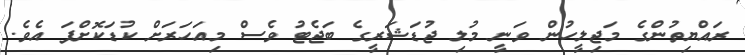
ރައްޔިތުންގެ މަޖިލީހުން ވަނީ މުލި ޖުޑަޝަރީގެ ބަޖެޓު ވެސް މިއަހަރަށް ކުޑަކޮށްފަ އެވެ.